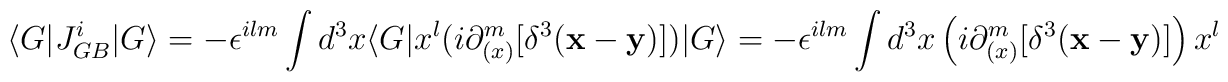
\langle G \vert J_{GB}^i \vert G \rangle = - \epsilon^{ilm} \int d^3 x\langle G \vert x^l (i \partial _{(x)} ^m [\delta^3 ({\bf x-y})]) \vert G \rangle = - \epsilon^{ilm} \int d^3 x \left(i \partial _{(x)} ^m [\delta^3 ({\bf x-y})] \right) x^l